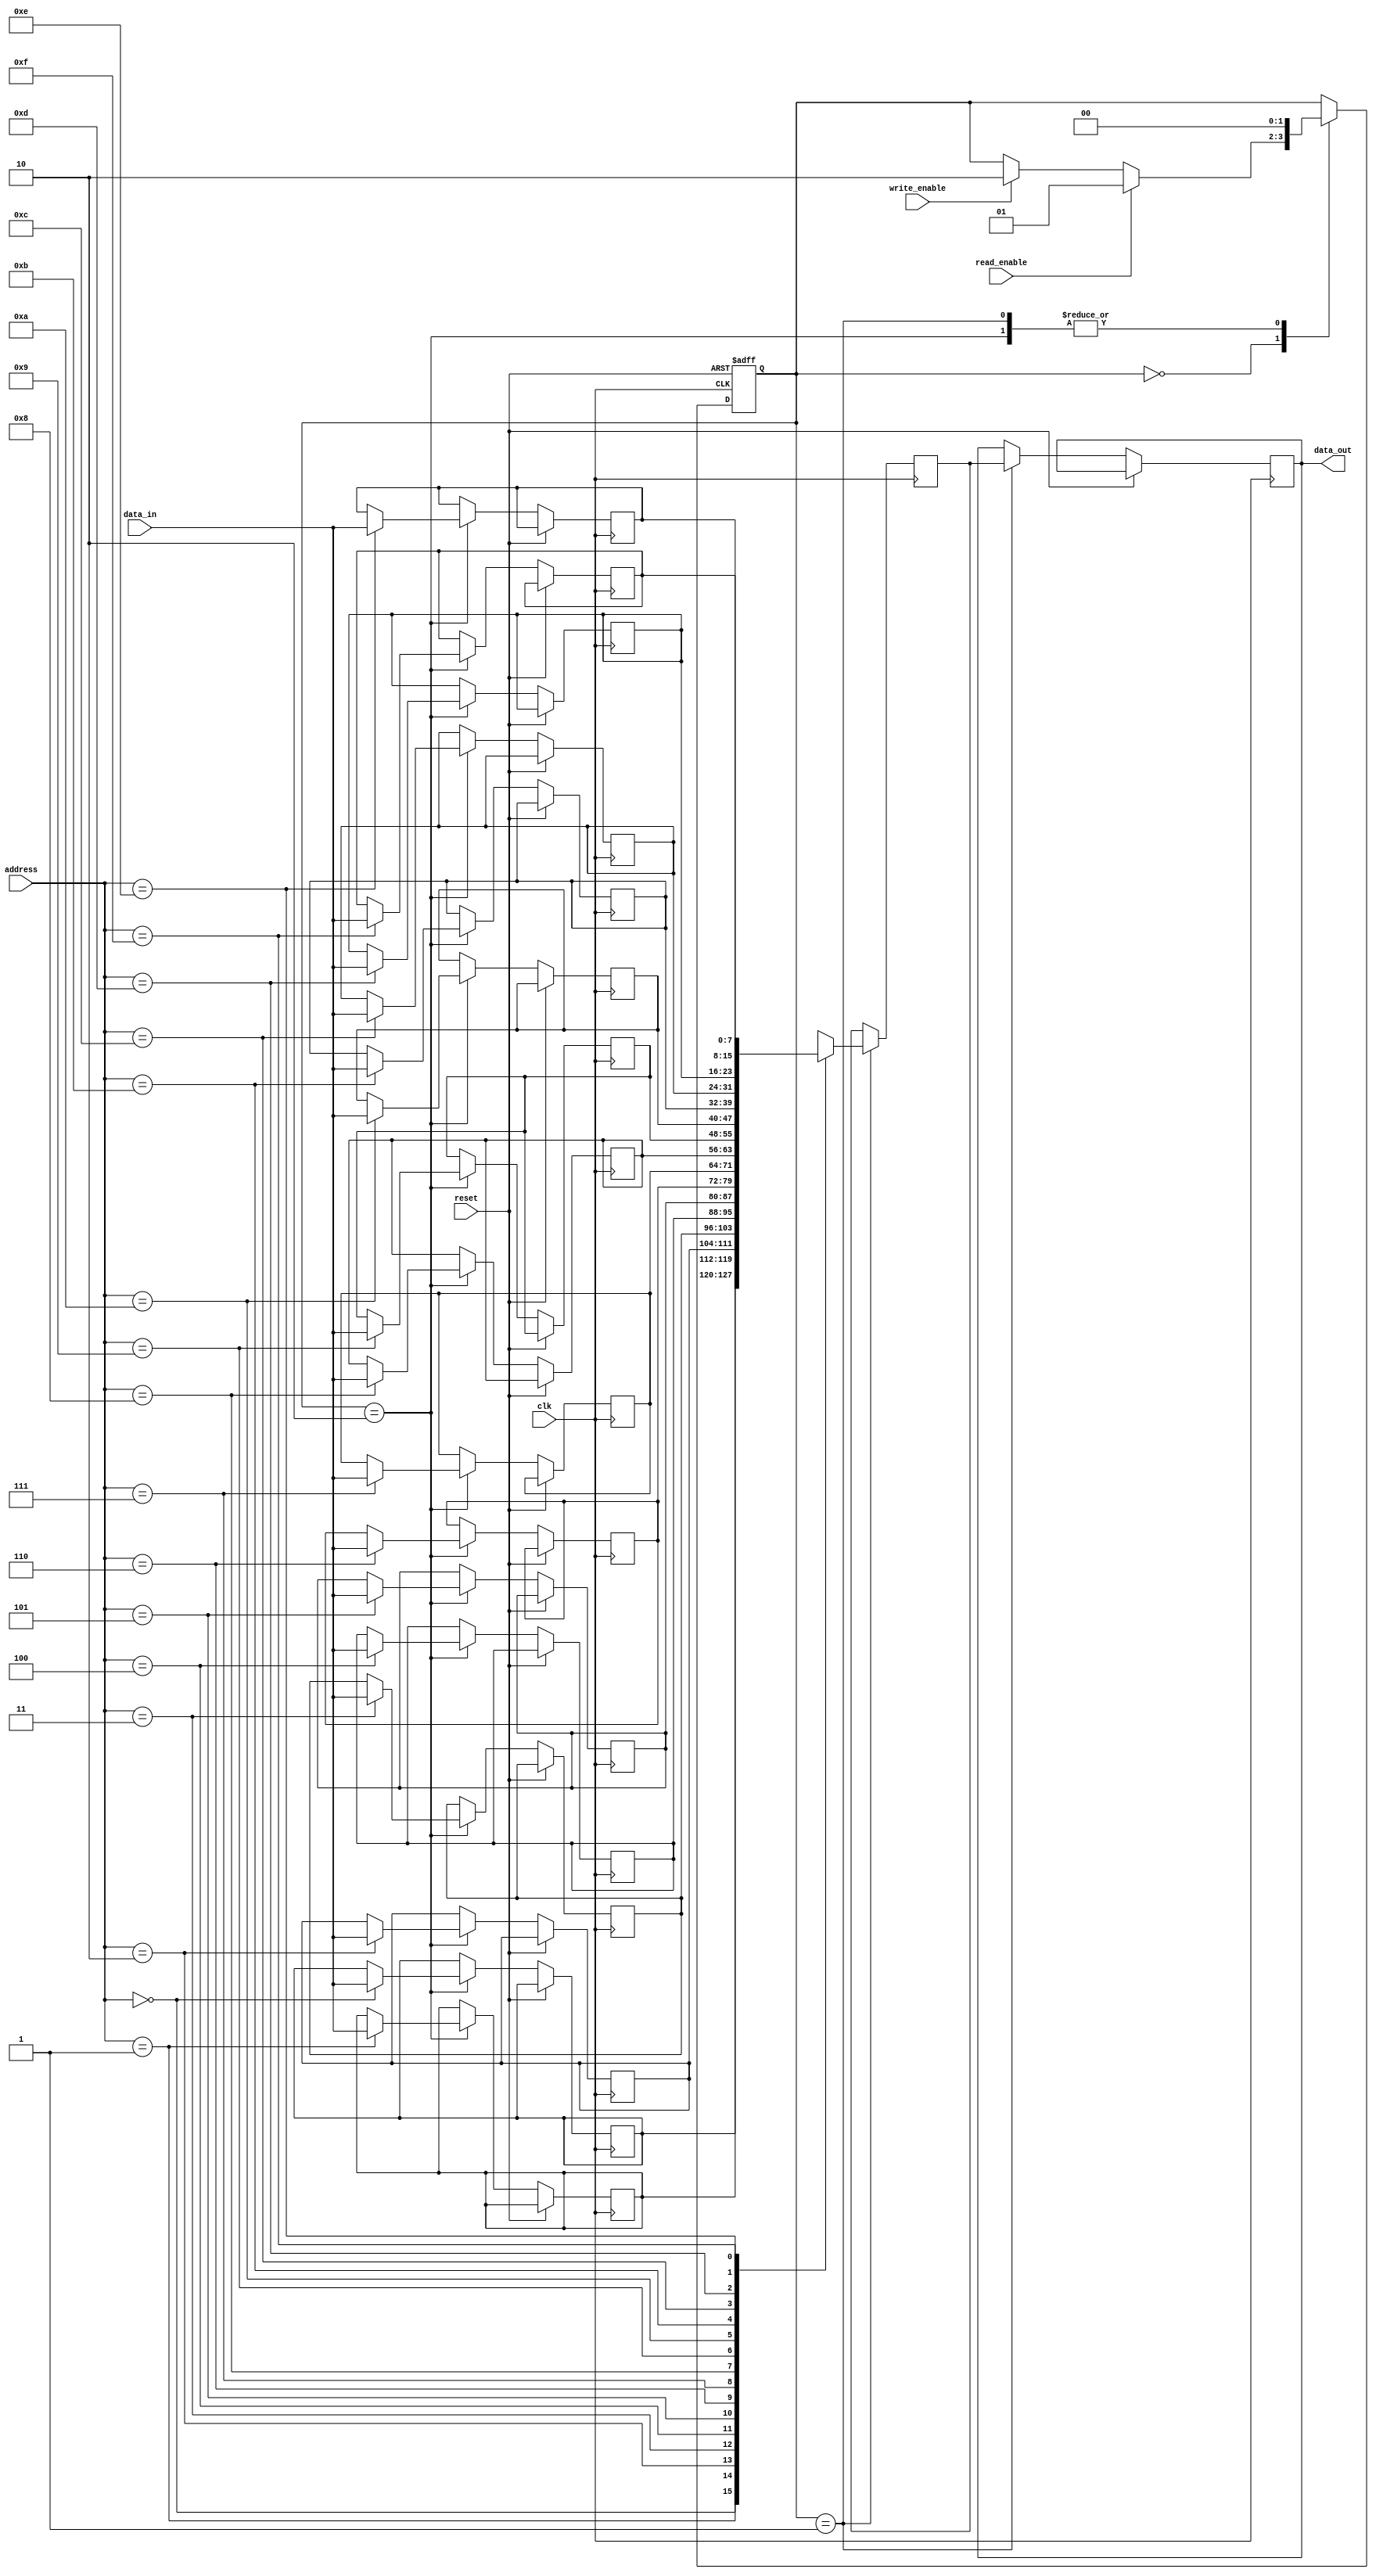
module flash_memory(
    input wire clk,
    input wire reset,
    input wire [7:0] data_in,
    input wire write_enable,
    input wire read_enable,
    input wire [3:0] address,
    output reg [7:0] data_out
);

// Define memory blocks
reg [7:0] memory_block_0 [0:15]; // Example of 16 memory blocks

// Define state machine states
parameter IDLE = 2'b00;
parameter READ = 2'b01;
parameter WRITE = 2'b10;

reg [1:0] state;
reg [7:0] read_data;

always @ (posedge clk or posedge reset) begin
    if (reset) begin
        state <= IDLE;
    end else begin
        case(state)
            IDLE: begin
                if (read_enable) begin
                    state <= READ;
                end else if (write_enable) begin
                    state <= WRITE;
                end
            end
            READ: begin
                data_out <= read_data;
                state <= IDLE;
            end
            WRITE: begin
                memory_block_0[address] <= data_in;
                state <= IDLE;
            end
        endcase
    end
end

always @ (posedge clk) begin
    if (state == READ) begin
        read_data <= memory_block_0[address];
    end
end

endmodule